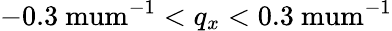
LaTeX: -0.3\mathrm{\ mum}^{-1}<q_{x}<0.3\mathrm{\ mum}^{-1}